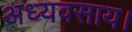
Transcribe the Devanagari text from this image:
अध्यवसाय।